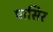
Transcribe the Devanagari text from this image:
पासिर